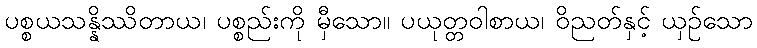
ပစ္စယသန္နိဿိတာယ၊ ပစ္စည်းကို မှီသော။ ပယုတ္တဝါစာယ၊ ဝိညတ်နှင့် ယှဉ်သော